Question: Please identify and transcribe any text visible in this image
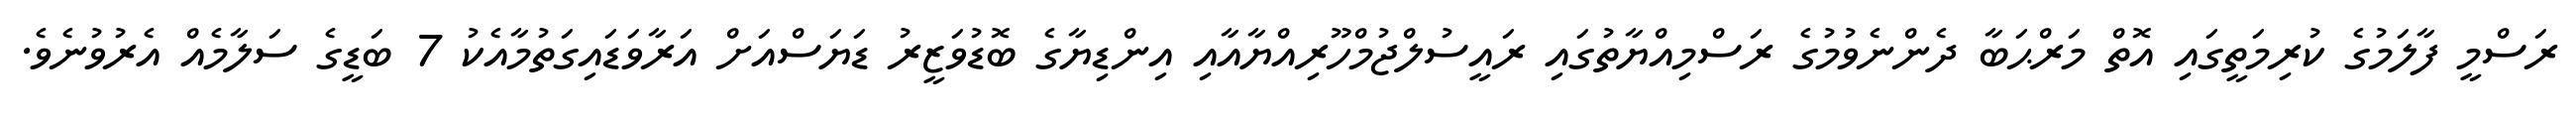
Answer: ރަސްމީ ފާލަމުގެ ކުރިމަތީގައި އޮތް މަރްޙަބާ ދެންނެވުމުގެ ރަސްމިއްޔާތުގައި ރައީސުލްޖުމްހޫރިއްޔާއާއި އިންޑިޔާގެ ބޮޑުވަޒީރު ޑަޔަސްއަށް އަރާވަޑައިގަތުމާއެކު 7 ބަޑީގެ ސަލާމެއް އެރުވުނެވެ.